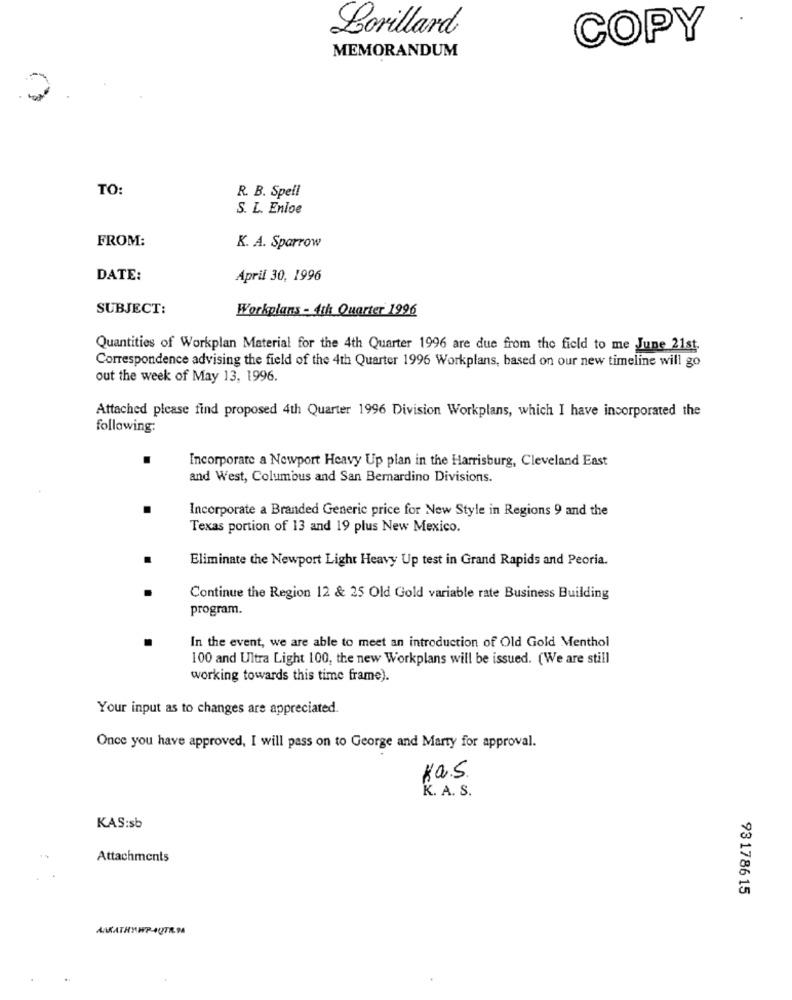
Lorillard
COPY
MEMORANDUM
TO:
R. B. Spell
S. L. Enloe
FROM:
K. A. Sparrow
DATE:
April 30, 1996
SUBJECT:
Workplans - 4th Quarter 1996
Quantities of Workplan Material for the 4th Quarter 1996 are due from the field to me June 21st.
Correspondence advising the field of the 4th Quarter 1996 Workplans, based on our new timeline will go
out the week of May 13, 1996.
Attached please find proposed 4th Quarter 1996 Division Workplans, which I have incorporated the
following:
Incorporate a Newport Heavy Up plan in the Harrisburg, Cleveland East
and West, Columbus and San Bernardino Divisions.
Incorporate a Branded Generic price for New Style in Regions 9 and the
Texas portion of 13 and 19 plus New Mexico.
Eliminate the Newport Light Heavy Up test in Grand Rapids and Peoria.
Continue the Region 12 & 25 Old Gold variable rate Business Building
program.
In the event, we are able to meet an introduction of Old Gold Menthol
100 and Ultra Light 100, the new Workplans will be issued. (We are still
working towards this time frame).
Your input as to changes are appreciated.
Once you have approved, I will pass on to George and Marty for approval.
Ka.S.
K. A. S.
KAS:sb
Attachments
931786 15
AAKATHY WP-+QTR9